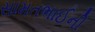
સામતભાઈની